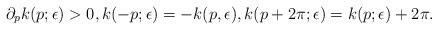
LaTeX: \begin{align*}\partial_p k(p;\epsilon)>0,k(-p;\epsilon)=-k(p,\epsilon), k(p+2\pi;\epsilon)=k(p;\epsilon)+2\pi.\end{align*}